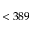
< 3 8 9